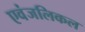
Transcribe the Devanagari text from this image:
एवंजलिकल